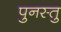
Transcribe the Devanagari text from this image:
पुनस्तु